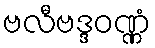
ဗလီဗဒ္ဒဝဏ္ဏံ